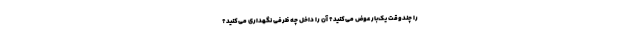
را چندوقت یک‌بار عوض می‌کنید؟ آن را داخل چه ظرفی نگهداری می‌کنید؟